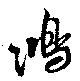
鴻